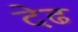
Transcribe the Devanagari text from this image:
देढ